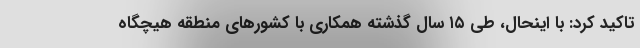
تاکید کرد: با اینحال، طی ۱۵ سال گذشته همکاری با کشورهای منطقه هیچگاه